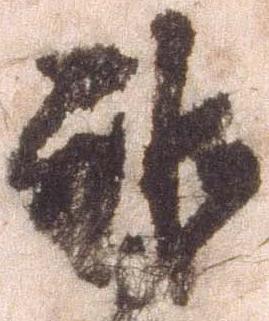
雖